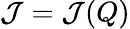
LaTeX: \mathcal{J}=\mathcal{J}(Q)